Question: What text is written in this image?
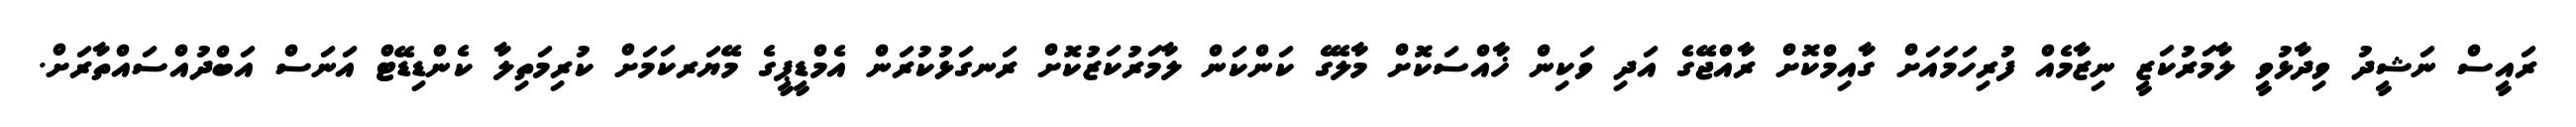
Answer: ރައީސް ނަޝީދު ވިދާޅުވީ ލާމަރުކަޒީ ނިޒާމެއް ފުރިހަމައަށް ގާއިމްކޮށް ރާއްޖޭގެ އަދި ވަކިން ޚާއްސަކޮށް މާލޭގެ ކަންކަން ލާމަރުކަޒުކޮށް ރަނގަޅުކުރަން އެމްޑީޕީގެ މޭޔަރކަމަށް ކުރިމަތިލާ ކެންޑިޑޭޓް އަނަސް އަބްދުއްސައްތާރަށް.